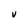
Character: V